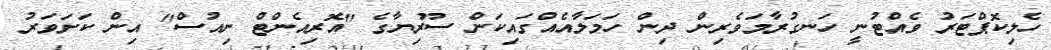
ހެލިކޮޕްޓަރު ވެއްޓުނީ ހަނގުރާމަވެރިން ދިން ހަމަލާއެއްގައިކަން ސޫރިޔާގެ "އޮރިއެންޓް ނިއުސް" އިން ކަށަވަރު